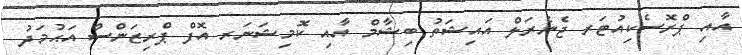
އާއި ޕްރޮސެކިއުޓަރ ޖެނެރަލް އައިޝަތު ބިޝާމް އާއި ކޮމިޝަނަރ އޮފް ޕްރިޒަންސް އަޙުމަދު